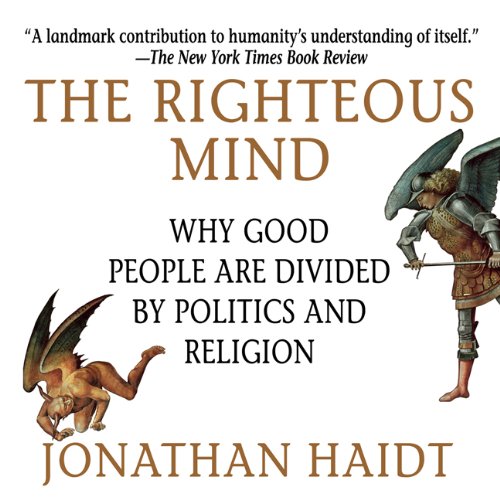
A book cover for The Righteous Mind: Why Good People Are Divided by Politics and Religion (Your Coach in a Box); Jonathan Haidt; Religion & Spirituality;